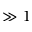
\gg 1